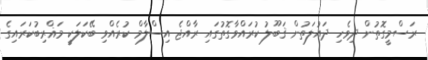
ރަސްމީގޮތުން ދިވެހި ދައުލަތުން ޤަބޫލު ކުރައްވާގޮތުގައި ރާއްޖެ އިސްލާމް ކުރެއްވި ބޭކަލަކީ މަޣްރިބުކަރައިގެ